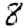
Digit: 8